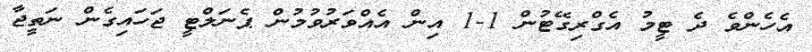
އެހެންވެ ދެ ޓީމު އެގްރިގޭޓުން 1-1 އިން އެއްވަރުވުމުން ޕެނަލްޓީ ޖަހައިގެން ނަތީޖާ